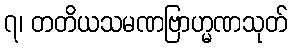
၇၊ တတိယသမဏဗြာဟ္မဏသုတ်